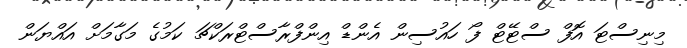
މިނިސްޓަ އޮފް ސްޓޭޓް ފޯ ހައުސިން އެންޑް އިންފްރާސްޓްރަކްޗަ ކަމުގެ މަގާމަށް އައްޔަން